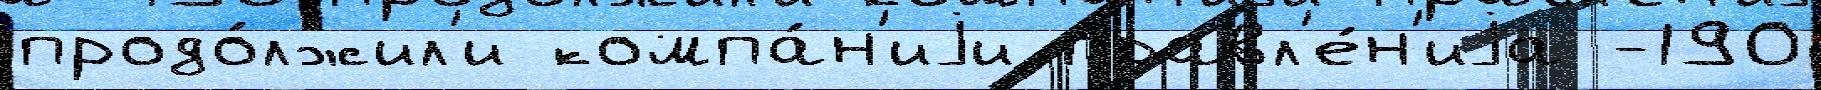
продо́лжил'и компа́н'иjи правл'е́н'иjа -190